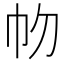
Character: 𢁞